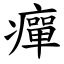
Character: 癉